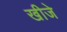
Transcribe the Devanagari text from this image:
खीजे